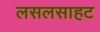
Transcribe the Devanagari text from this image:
लसलसाहट